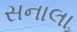
સનાલા